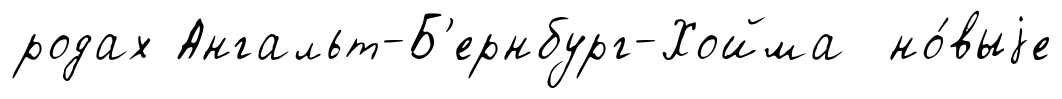
родах Ангальт-Б'ернбург-Хойма но́выjе